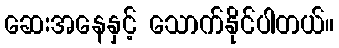
ဆေးအနေနှင့် သောက်နိုင်ပါတယ်။